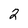
Character: 2